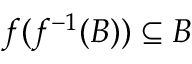
f ( f ^ { - 1 } ( B ) ) \subseteq B